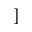
]